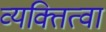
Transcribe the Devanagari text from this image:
व्यक्तित्वा